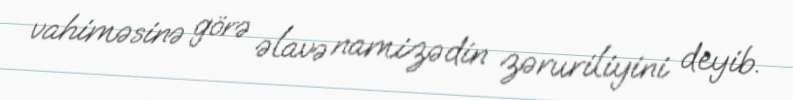
vahiməsinə görə əlavə namizədin zəruriliyini deyib.